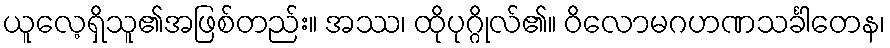
ယူလေ့ရှိသူ၏အဖြစ်တည်း။ အဿ၊ ထိုပုဂ္ဂိုလ်၏။ ဝိလောမဂဟဏသင်္ခါတေန၊